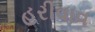
હરીવાવ